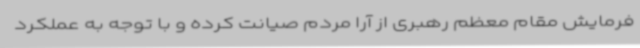
فرمایش مقام معظم رهبری از آرا مردم صیانت کرده و با توجه به عملکرد